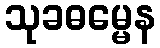
သုခဓမ္မေန